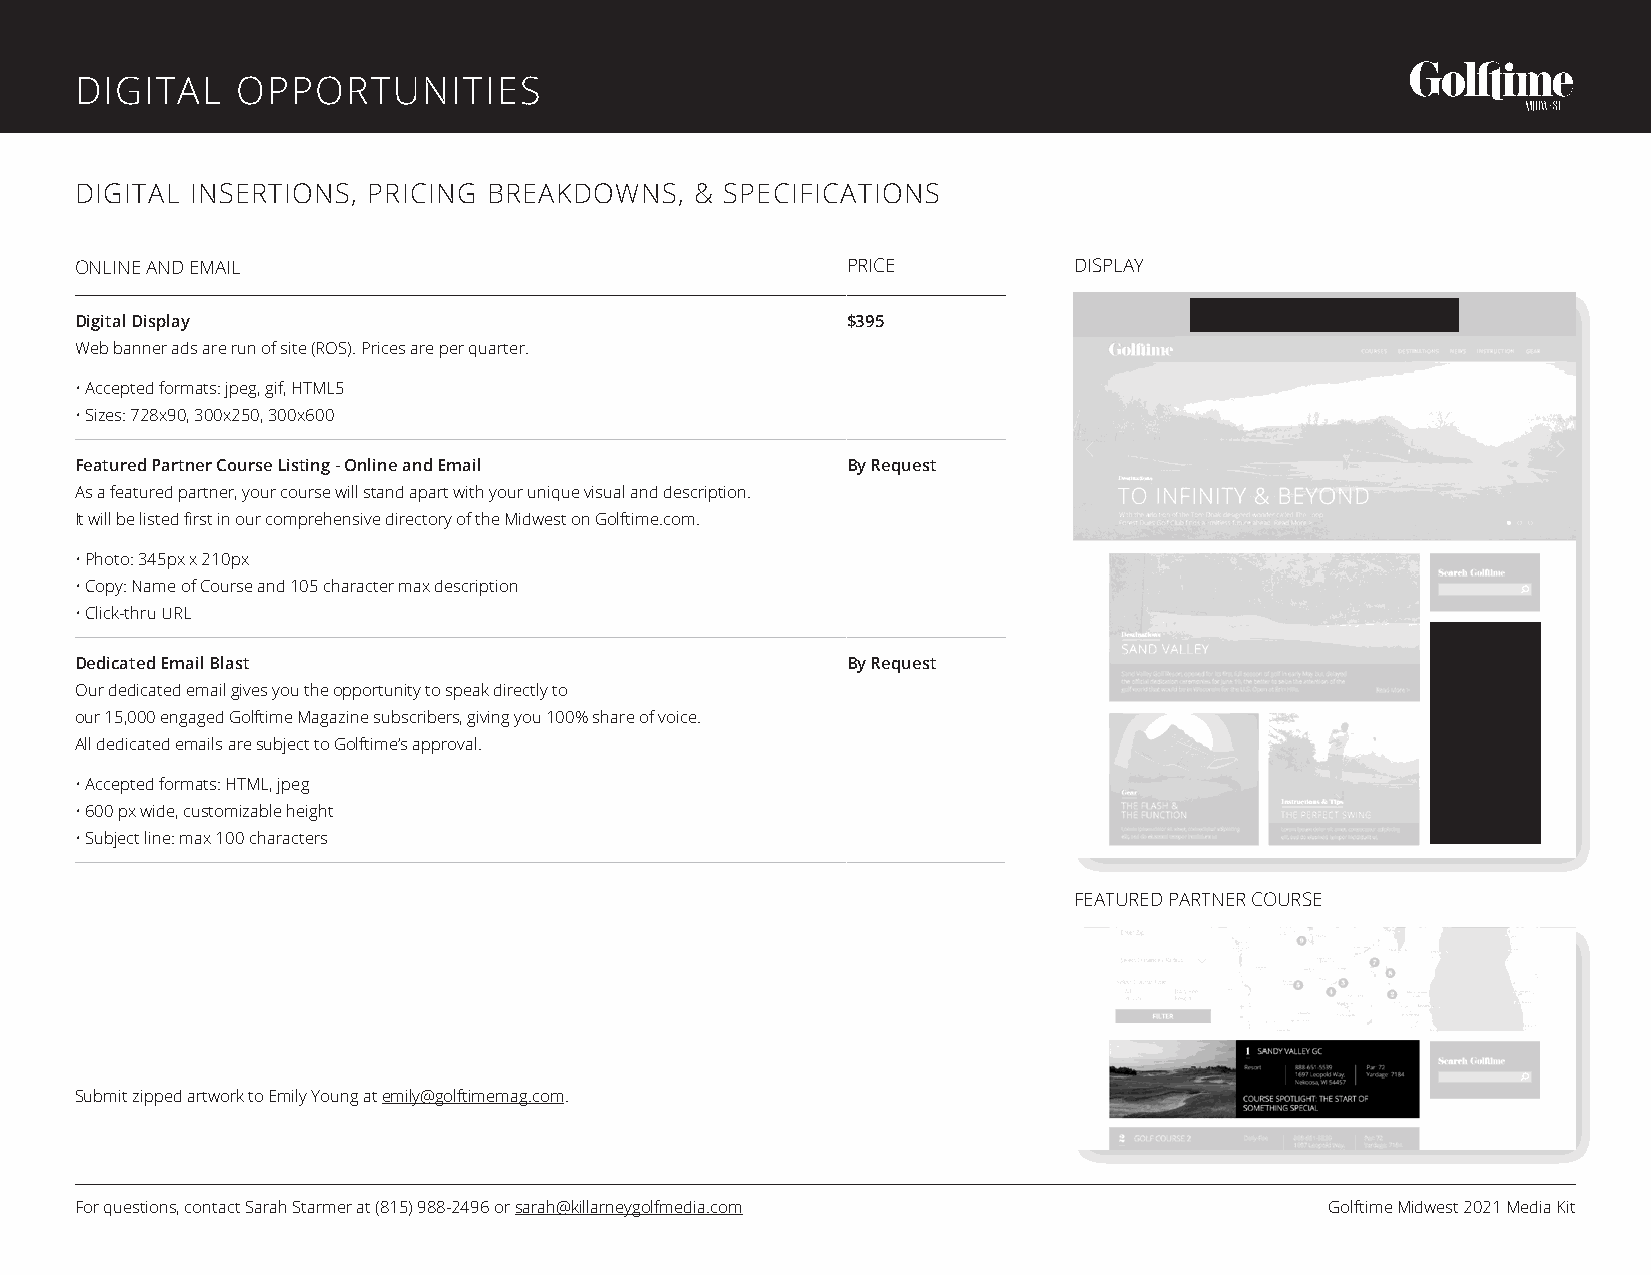
DIGITAL    OPPORTUNITIES
 DIGITAL INSERTIONS, PRICING BREAKDOWNS,  & SPECIFICATIONS
 ONLINE AND EMAIL                                   PRICE          DISPLAY
 Digital Display                                    $395
 Web banner ads are run of site (ROS). Prices are per quarter.
 • Accepted formats: jpeg, gif, HTML5
 • Sizes: 728x90, 300x250, 300x600
 Featured Partner Course Listing - Online and Email By Request
 As a featured partner, your course will stand apart with your unique visual and description.
 It will be listed first in our comprehensive directory of the Midwest on Golftime.com.
 • Photo: 345px x 210px
 • Copy: Name of Course and 105 character max description
 • Click-thru URL
 Dedicated Email Blast                              By Request
 Our dedicated email gives you the opportunity to speak directly to
 our 15,000 engaged Golftime Magazine subscribers, giving you 100% share of voice.
 All dedicated emails are subject to Golftime’s approval.
 • Accepted formats: HTML, jpeg
 • 600 px wide, customizable height
 • Subject line: max 100 characters
 FEATURED PARTNER COURSE
 Submit zipped artwork to Emily Young at emily@golftimemag.com.
 For questions, contact Sarah Starmer at (815) 988-2496 or sarah@killarneygolfmedia.com Golftime Midwest 2021 Media Kit